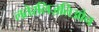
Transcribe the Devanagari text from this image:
लतेरलिज़तिओन